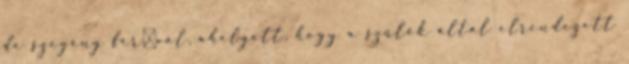
de szegény férﬁval, ahelyett, hogy a szülők által elrendezett